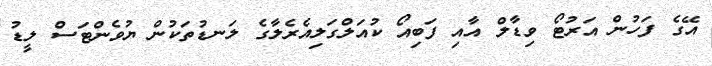
އޭގެ ފަހުން އަރުޓޯ ވިޑާލް އާއި ފަބިއޯ ކުއަލްގަލިއެރެލާގެ ލަނޑުތަކުން ޔުވެންޓަސް ލީޑު